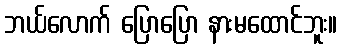
ဘယ်လောက် ပြောပြော နားမထောင်ဘူး။